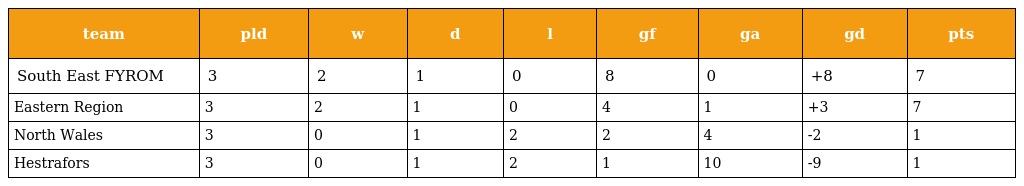
| team | pld | w | d | l | gf | ga | gd | pts |
 | --- | --- | --- | --- | --- | --- | --- | --- | --- |
 | South East FYROM | 3 | 2 | 1 | 0 | 8 | 0 | +8 | 7 |
 | Eastern Region | 3 | 2 | 1 | 0 | 4 | 1 | +3 | 7 |
 | North Wales | 3 | 0 | 1 | 2 | 2 | 4 | -2 | 1 |
 | Hestrafors | 3 | 0 | 1 | 2 | 1 | 10 | -9 | 1 |